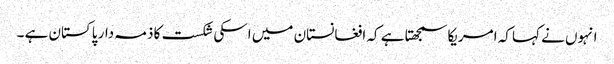
انہوں نے کہا کہ امریکا سمجھتا ہے کہ افغانستان میں اسکی شکست کا ذمہ دار پاکستان ہے ۔